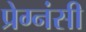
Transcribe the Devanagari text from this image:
प्रेग्नंसी